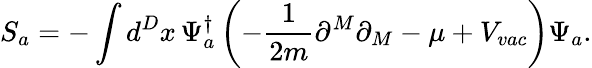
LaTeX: S_{a}=-\int d^{D}x\, \Psi_{a}^{\dagger}\left(-\frac{1}{2m}\partial^{M}\partial_{M}-\mu+V_{vac}\right)\Psi_{a}.